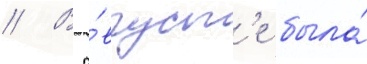
// В а́вгуст'е была́